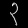
Digit: ၃